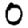
Digit: 0